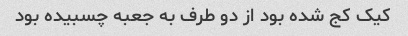
کیک کج شده بود از دو طرف به جعبه چسبیده بود